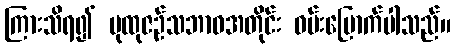
ကြားသိရ၍ ပုထုဇဉ်သဘာဝအတိုင်း ဝမ်းမြောက်ပါသည်။